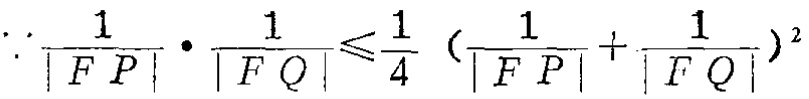
\[\because \frac{1}{\left| FP\right| }\cdot\frac{1}{\left| FQ\right| }\leqslant \frac{1}{4}\left( \frac{1}{\left| FP\right| }+\frac{1}{\left| FQ\right| }\right) ^{2}\]